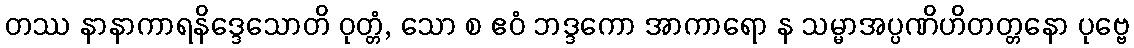
တဿ နာနာကာရနိဒ္ဒေသောတိ ဝုတ္တံ, သော စ ဧဝံ ဘဒ္ဒကော အာကာရော န သမ္မာအပ္ပဏိဟိတတ္တနော ပုဗ္ဗေ